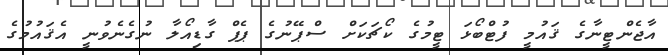
އާޖެންޓީނާގެ ޤައުމީ ފުޓްބޯޅަ ޓީމުގެ ކޯޗަކަށް ސްޕޭނުގެ ޕެޕް ގާޑިއޯލާ ނުގެނެވުނީ އެޤައުމުގެ